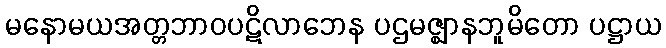
မနောမယအတ္တဘာဝပဋိလာဘေန ပဌမဇ္ဈာနဘူမိတော ပဋ္ဌာယ